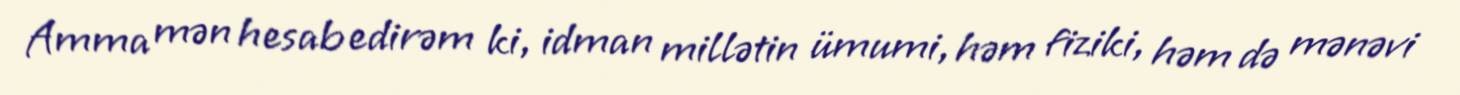
Amma mən hesab edirəm ki, idman millətin ümumi, həm fiziki, həm də mənəvi